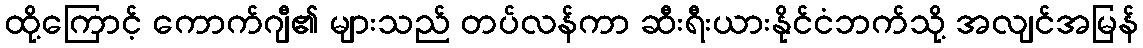
ထို့ကြောင့် ကောက်ဂျီ၏ များသည် တပ်လန်ကာ ဆီးရီးယားနိုင်ငံဘက်သို့ အလျင်အမြန်